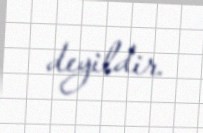
deyildir.